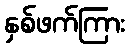
နှစ်ဖက်ကြား